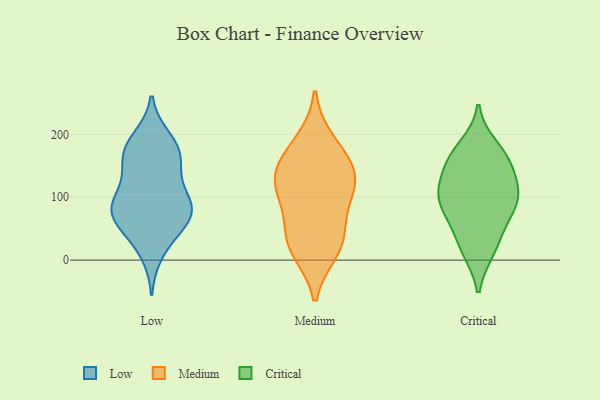
{"axis": {"x": "Tickets Resolved", "y": "Value"}, "legend": ["Critical", "Low", "Medium"], "data": [{"x": "", "y": 67, "type": "Low"}, {"x": "", "y": 59, "type": "Low"}, {"x": "", "y": 162, "type": "Low"}, {"x": "", "y": 76, "type": "Low"}, {"x": "", "y": 123, "type": "Low"}, {"x": "", "y": 150, "type": "Low"}, {"x": "", "y": 90, "type": "Low"}, {"x": "", "y": 37, "type": "Low"}, {"x": "", "y": 70, "type": "Low"}, {"x": "", "y": 90, "type": "Low"}, {"x": "", "y": 81, "type": "Low"}, {"x": "", "y": 171, "type": "Low"}, {"x": "", "y": 11, "type": "Low"}, {"x": "", "y": 165, "type": "Low"}, {"x": "", "y": 188, "type": "Low"}, {"x": "", "y": 99, "type": "Low"}, {"x": "", "y": 194, "type": "Low"}, {"x": "", "y": 144, "type": "Medium"}, {"x": "", "y": 162, "type": "Medium"}, {"x": "", "y": 113, "type": "Medium"}, {"x": "", "y": 75, "type": "Medium"}, {"x": "", "y": 31, "type": "Medium"}, {"x": "", "y": 188, "type": "Medium"}, {"x": "", "y": 119, "type": "Medium"}, {"x": "", "y": 29, "type": "Medium"}, {"x": "", "y": 16, "type": "Medium"}, {"x": "", "y": 127, "type": "Medium"}, {"x": "", "y": 158, "type": "Critical"}, {"x": "", "y": 105, "type": "Critical"}, {"x": "", "y": 17, "type": "Critical"}, {"x": "", "y": 55, "type": "Critical"}, {"x": "", "y": 106, "type": "Critical"}, {"x": "", "y": 93, "type": "Critical"}, {"x": "", "y": 181, "type": "Critical"}, {"x": "", "y": 15, "type": "Critical"}, {"x": "", "y": 59, "type": "Critical"}, {"x": "", "y": 133, "type": "Critical"}, {"x": "", "y": 155, "type": "Critical"}, {"x": "", "y": 101, "type": "Critical"}, {"x": "", "y": 94, "type": "Critical"}, {"x": "", "y": 164, "type": "Critical"}]}